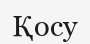
Қосу